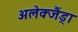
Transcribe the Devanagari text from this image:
अलेक्जैंड्रा